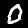
Digit: 0